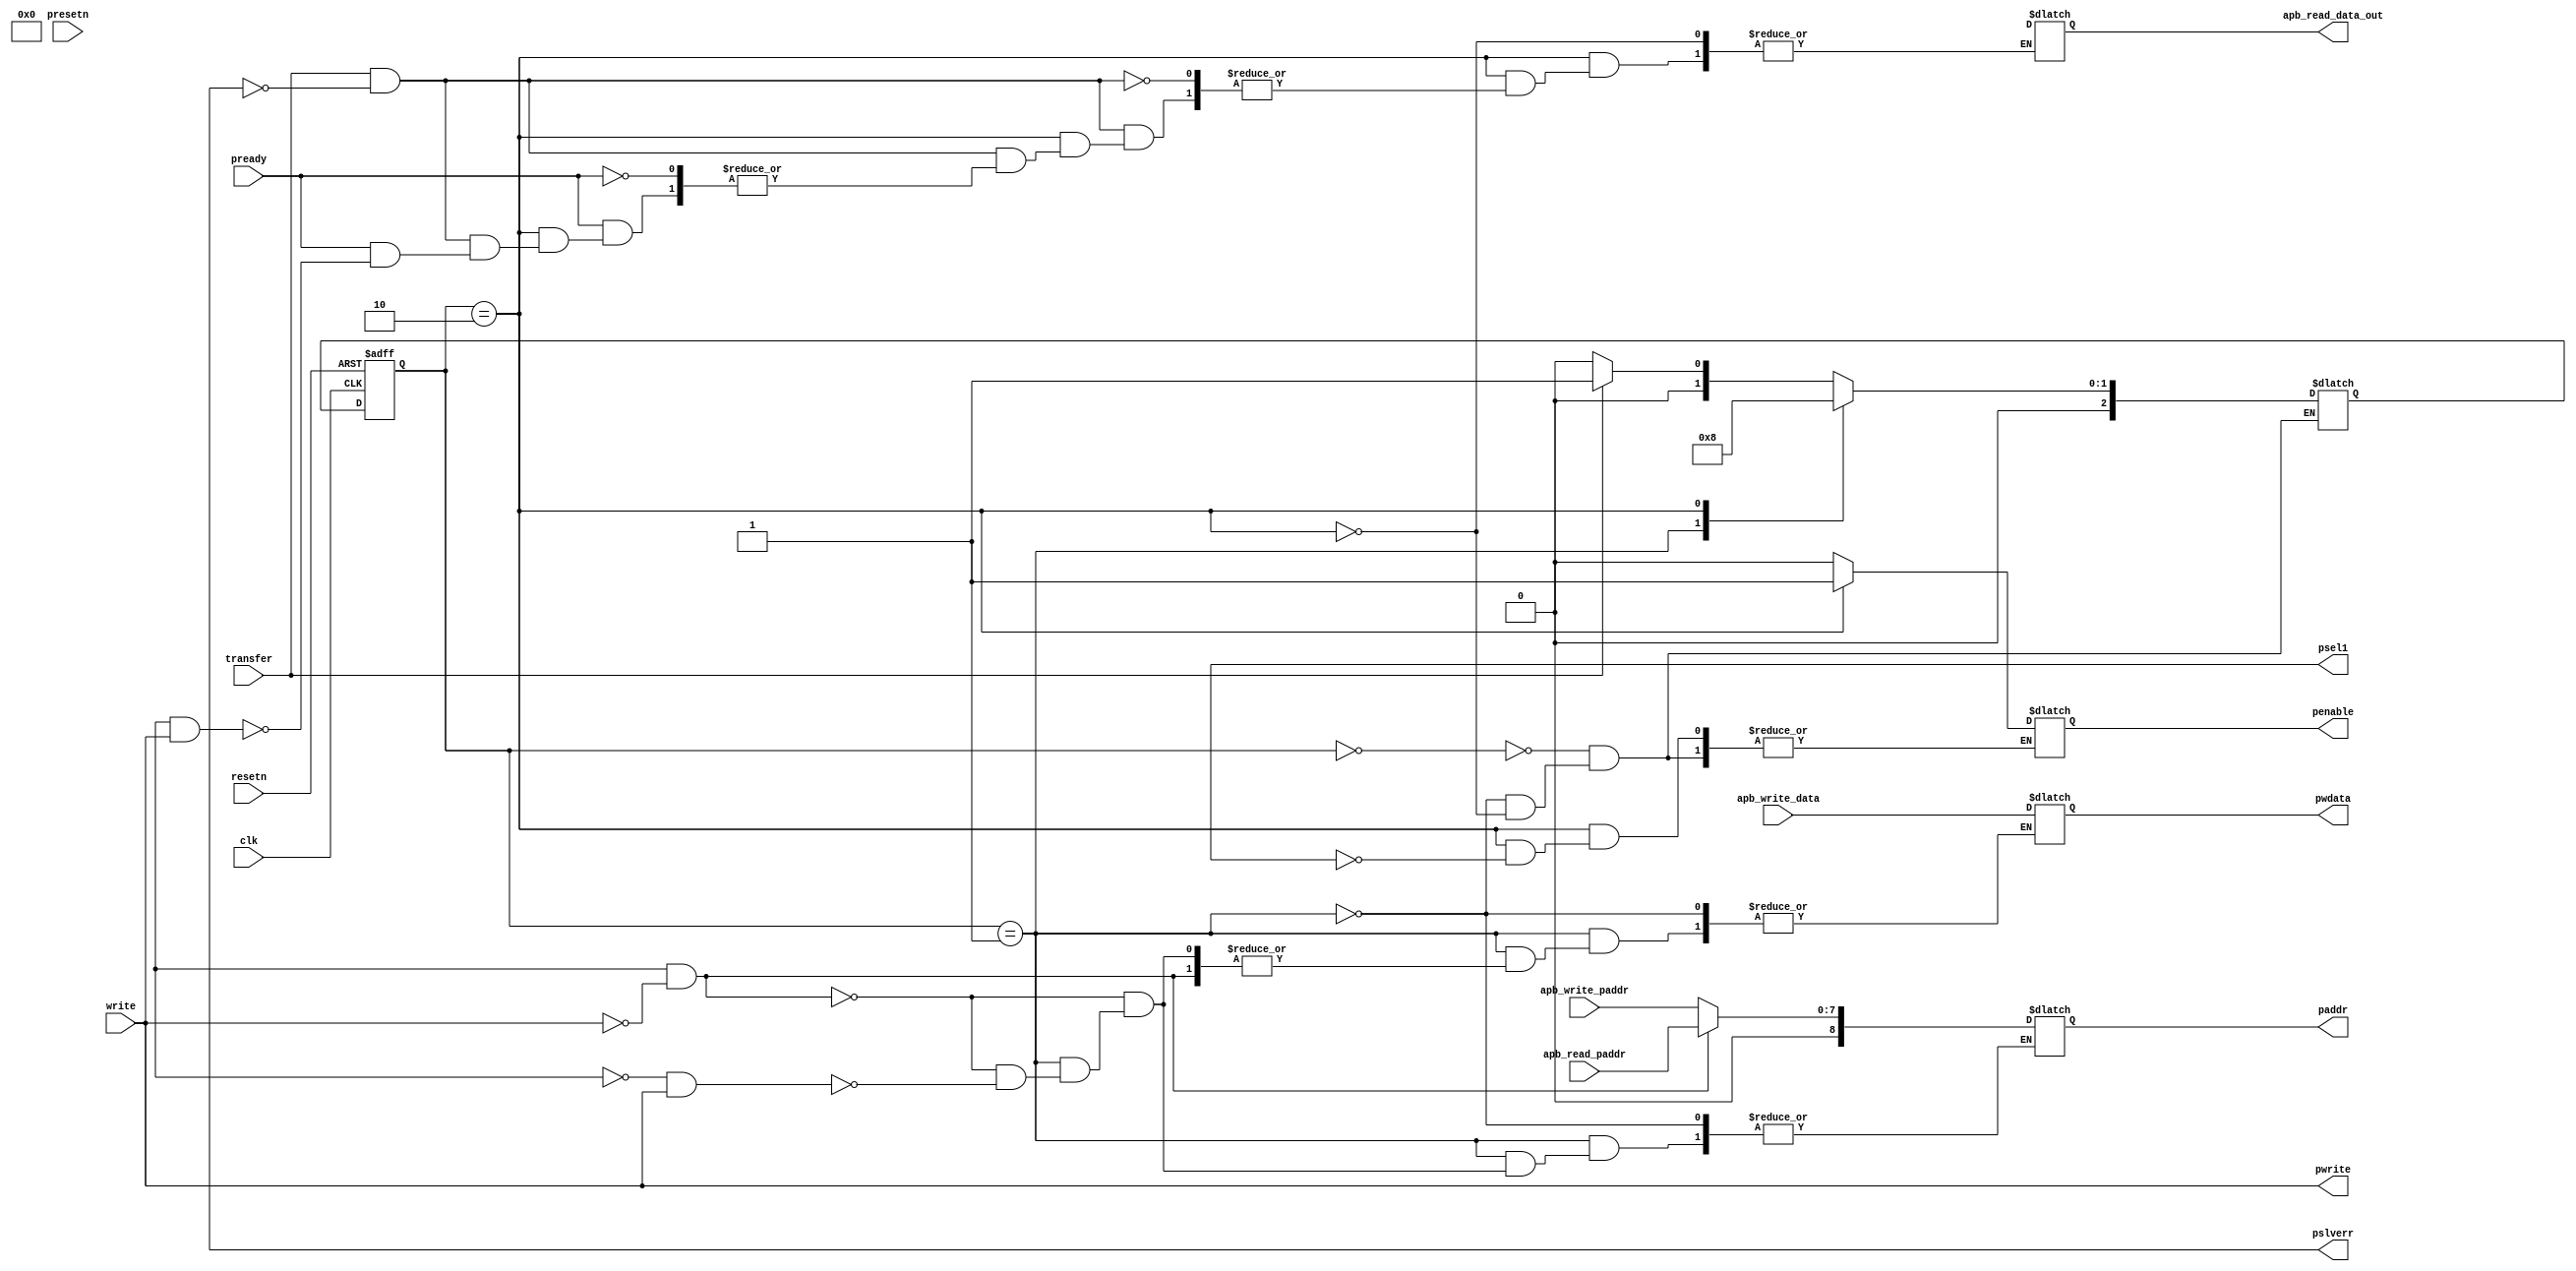
module master (
    input           clk,
    input           resetn,
    input  [7:0]    apb_write_paddr,
    input  [7:0]    apb_read_paddr,
    input  [7:0]    apb_write_data,
    input           presetn,
    input           write,
    input           transfer,
    input           pready,
    output          psel1,
    output reg      penable,
    output reg  [8:0] paddr,
    output reg      pwrite,
    output reg  [7:0] pwdata,
    output reg  [7:0] apb_read_data_out,
    output          pslverr
);

    reg [2:0] present_state, next_state;
    reg invalid_setup_error;
    reg setup_error;
    reg invalid_read_paddr;
    reg invalid_write_paddr;
    reg invalid_write_data;

    parameter IDLE   = 3'b000,
              SETUP  = 3'b001,
              ENABLE = 3'b010;

    always @(posedge clk or negedge resetn) begin
        if (!resetn) begin
            present_state <= IDLE;
        end else begin
            present_state <= next_state;
        end
    end

    always @(present_state or transfer or pready) begin
        pwrite = write;
        case (present_state)
            IDLE: begin
                penable = 1'b0;
                if (!transfer) begin
                    next_state = IDLE;
                end else begin
                    next_state = SETUP;
                end
            end
            SETUP: begin
                penable = 1'b0;
                if (read && !write) begin
                    paddr = apb_read_paddr;
                end else if (!read && write) begin
                    paddr = apb_write_paddr;
                    pwdata = apb_write_data;
                end
                next_state = ENABLE;
            end
            ENABLE: begin
                if (psel1) begin
                    penable = 1'b1;
                end
                if (transfer && !pslverr) begin
                    if (pready) begin
                        if (read && write) begin 
                            next_state = SETUP;
                            apb_read_data_out = prdata;
                        end 
                    end
                    next_state = ENABLE;
                end
                next_state = IDLE;
            end
        endcase
    end
endmodule